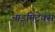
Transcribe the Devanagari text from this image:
आइमिट्रेक्स